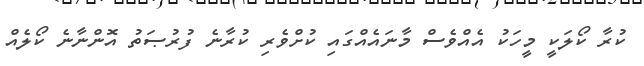
ކުރާ ކޯލަކީ މީހަކު އެއްވެސް މާނައެއްގައި ކުށްވެރި ކުރާނެ ފުރުޞަތު އޮންނާނެ ކޯލެއް